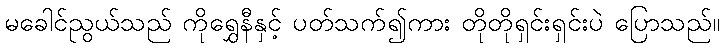
မခေါင်ညွယ်သည် ကိုရွှေနီနှင့် ပတ်သက်၍ကား တိုတိုရှင်းရှင်းပဲ ပြောသည်။